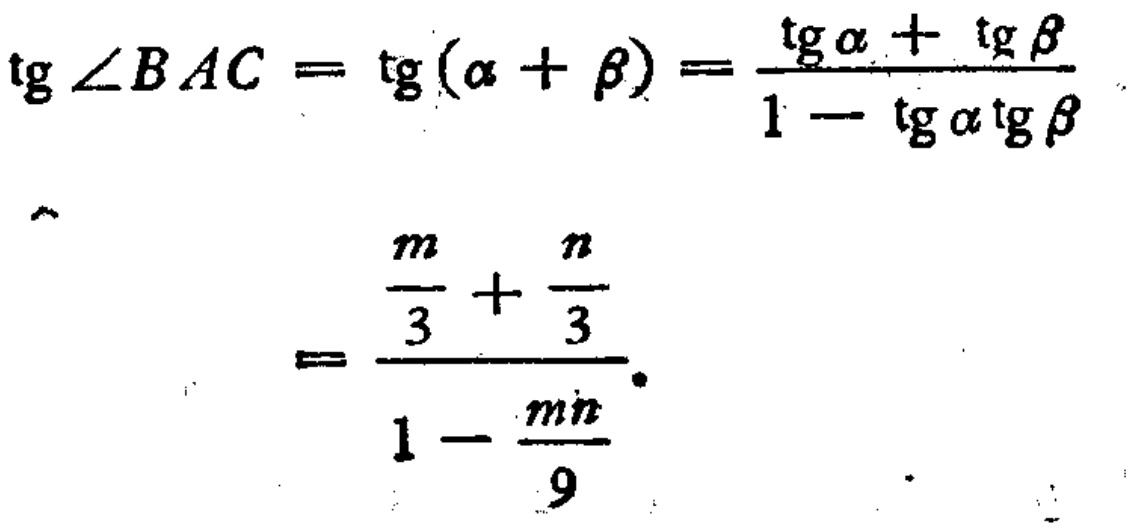
\[\begin{align*}

\mathrm{tg}\angle BAC&=\mathrm{tg}(\alpha + \beta)=\frac{\mathrm{tg}\alpha+\mathrm{tg}\beta}{1 - \mathrm{tg}\alpha\mathrm{tg}\beta}\\

&=\frac{\frac{m}{3}+\frac{n}{3}}{1-\frac{mn}{9}}

\end{align*}\]